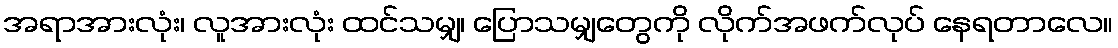
အရာအားလုံး၊ လူအားလုံး ထင်သမျှ၊ ပြောသမျှတွေကို လိုက်အဖက်လုပ် နေရတာလေ။